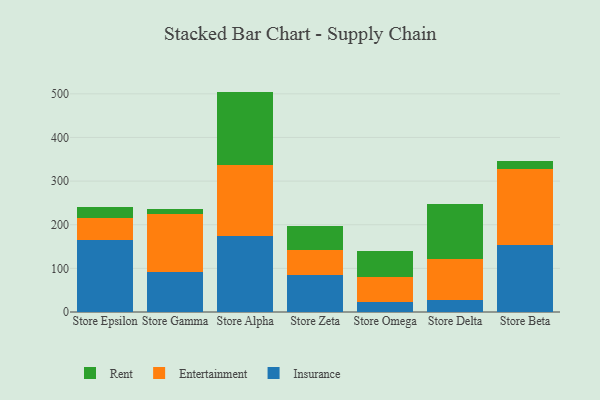
{"axis": {"x": "Store", "y": "Website Visitors"}, "legend": ["Entertainment", "Insurance", "Rent"], "data": [{"x": "Store Epsilon", "y": 164.0, "type": "Insurance"}, {"x": "Store Epsilon", "y": 52.2, "type": "Entertainment"}, {"x": "Store Epsilon", "y": 23.4, "type": "Rent"}, {"x": "Store Gamma", "y": 92.5, "type": "Insurance"}, {"x": "Store Gamma", "y": 131.6, "type": "Entertainment"}, {"x": "Store Gamma", "y": 12.2, "type": "Rent"}, {"x": "Store Alpha", "y": 173.1, "type": "Insurance"}, {"x": "Store Alpha", "y": 163.4, "type": "Entertainment"}, {"x": "Store Alpha", "y": 168.6, "type": "Rent"}, {"x": "Store Zeta", "y": 85.5, "type": "Insurance"}, {"x": "Store Zeta", "y": 55.8, "type": "Entertainment"}, {"x": "Store Zeta", "y": 55.1, "type": "Rent"}, {"x": "Store Omega", "y": 23.6, "type": "Insurance"}, {"x": "Store Omega", "y": 57.4, "type": "Entertainment"}, {"x": "Store Omega", "y": 58.0, "type": "Rent"}, {"x": "Store Delta", "y": 27.6, "type": "Insurance"}, {"x": "Store Delta", "y": 93.7, "type": "Entertainment"}, {"x": "Store Delta", "y": 126.0, "type": "Rent"}, {"x": "Store Beta", "y": 152.9, "type": "Insurance"}, {"x": "Store Beta", "y": 175.5, "type": "Entertainment"}, {"x": "Store Beta", "y": 18.6, "type": "Rent"}]}